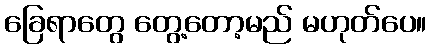
ခြေရာတွေ တွေ့တော့မည် မဟုတ်ပေ။